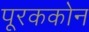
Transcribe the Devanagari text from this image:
पूरककोन